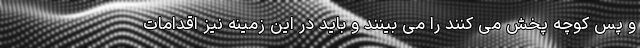
و پس کوچه پخش می کنند را می بینند و باید در این زمینه نیز اقدامات